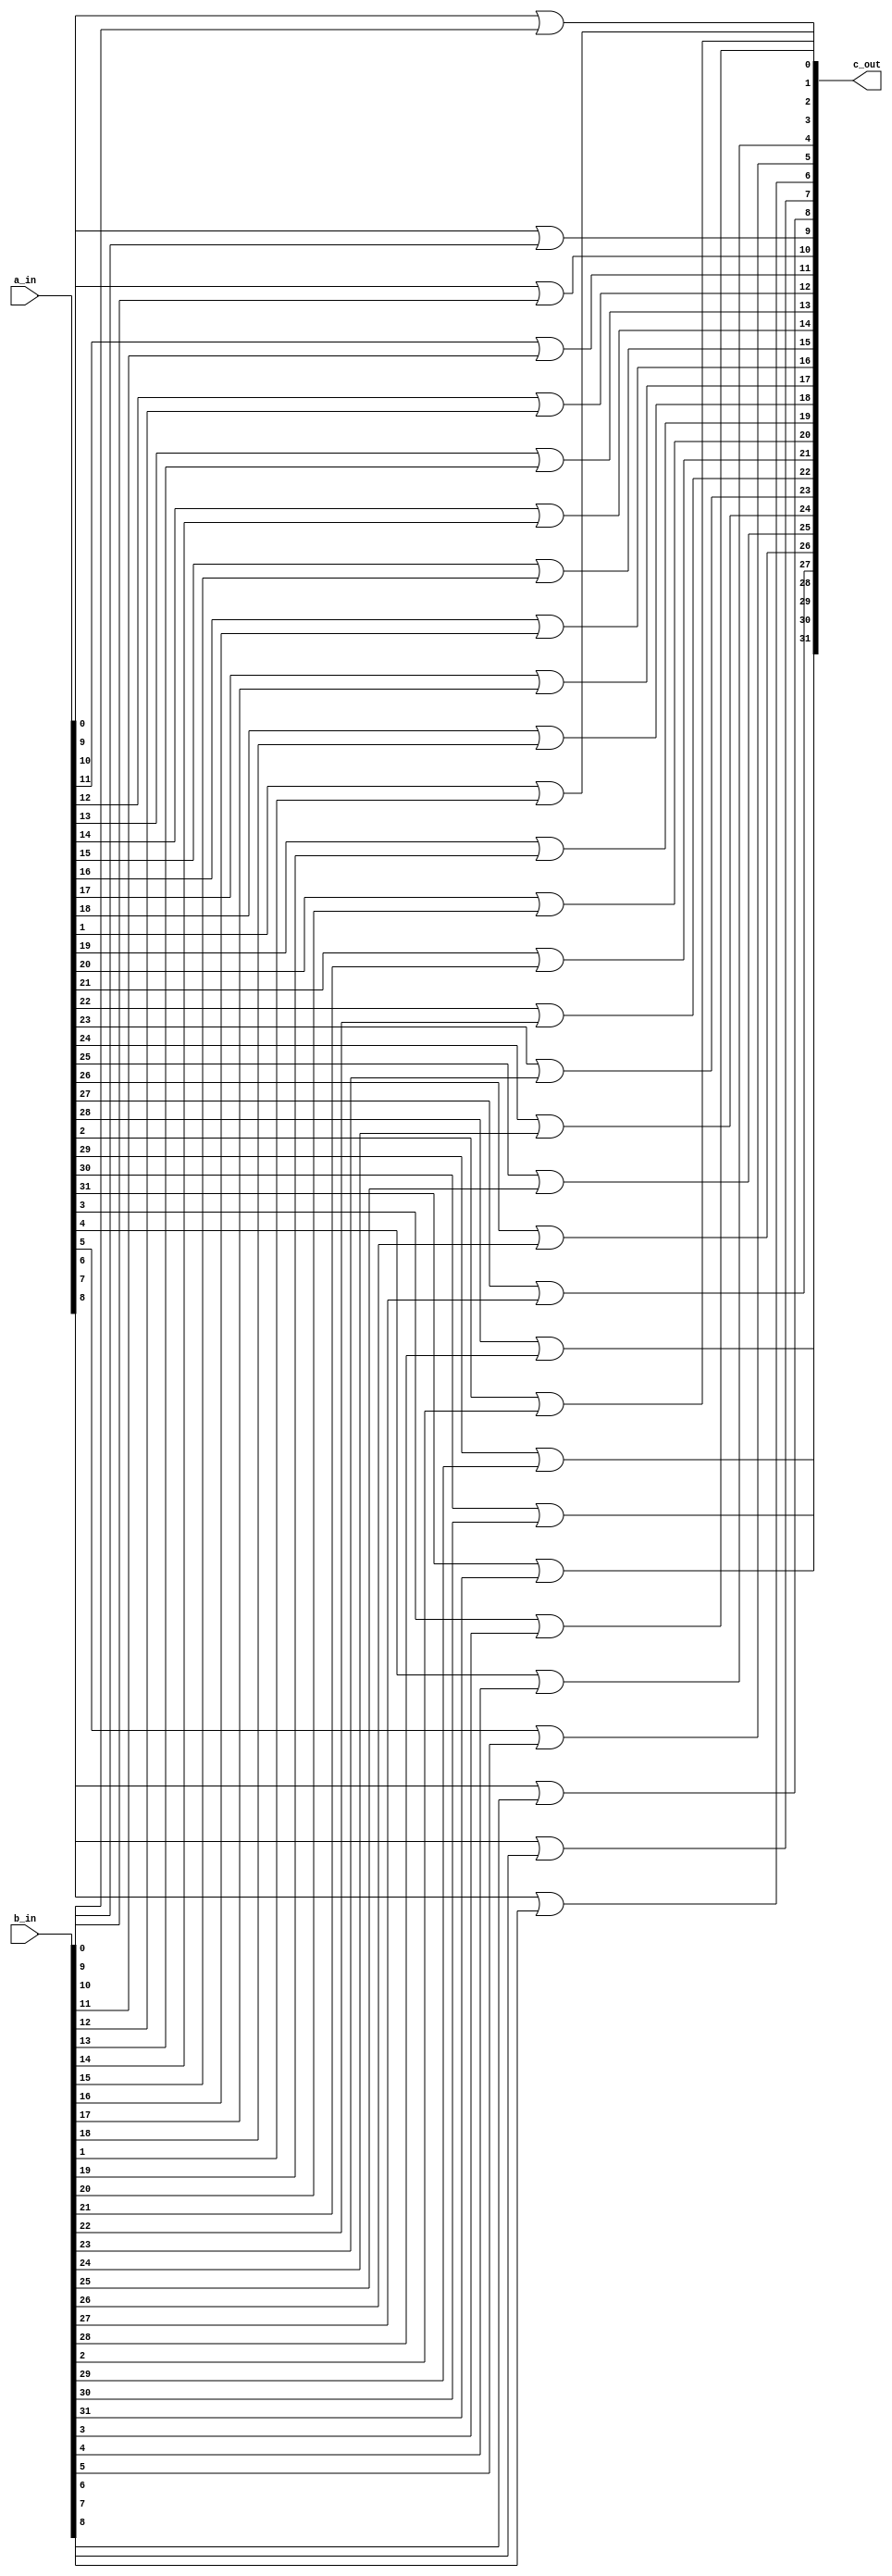
module or_32_gate(
			input wire [31:0] a_in,
			input wire [31:0] b_in,
			output[31:0] c_out
			);
			
			
			genvar i;
			generate
					for(i = 0; i<32; i = i + 1)
						begin: gen_loop
							assign c_out[i] = ((a_in[i])|(b_in[i]));
						end
			endgenerate
endmodule